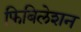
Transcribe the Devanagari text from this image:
फिबिलेशन